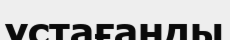
ұстағанды